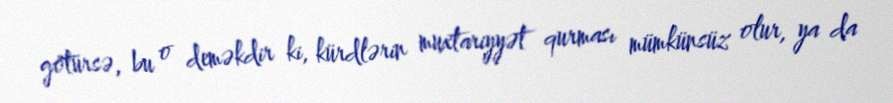
götürsə, bu o deməkdir ki, kürdlərin muxtariyyət qurması mümkünsüz olur, ya da